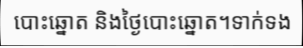
បោះឆ្នោត និងថ្ងៃបោះឆ្នោត។ទាក់ទង